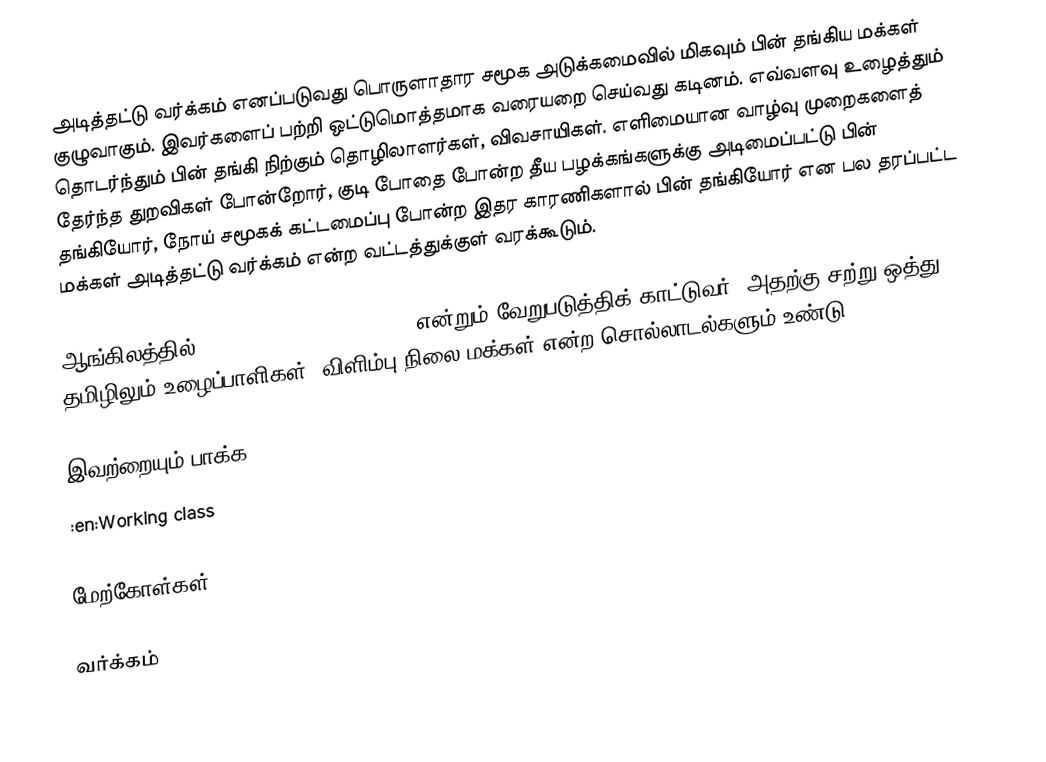
அடித்தட்டு வர்க்கம் எனப்படுவது பொருளாதார சமூக அடுக்கமைவில் மிகவும் பின் தங்கிய மக்கள் குழுவாகும்.  இவர்களைப் பற்றி ஒட்டுமொத்தமாக வரையறை செய்வது கடினம்.  எவ்வளவு உழைத்தும் தொடர்ந்தும் பின் தங்கி நிற்கும் தொழிலாளர்கள், விவசாயிகள்.  எளிமையான வாழ்வு முறைகளைத் தேர்ந்த துறவிகள் போன்றோர், குடி போதை போன்ற தீய பழக்கங்களுக்கு அடிமைப்பட்டு பின் தங்கியோர், நோய் சமூகக் கட்டமைப்பு போன்ற இதர காரணிகளால் பின் தங்கியோர் என பல தரப்பட்ட மக்கள் அடித்தட்டு வர்க்கம் என்ற வட்டத்துக்குள் வரக்கூடும்.

ஆங்கிலத்தில் working class, underclass என்றும் வேறுபடுத்திக் காட்டுவர்.  அதற்கு சற்று ஒத்து தமிழிலும் உழைப்பாளிகள், விளிம்பு நிலை மக்கள் என்ற சொல்லாடல்களும் உண்டு.

இவற்றையும் பாக்க
 :en:Working class

மேற்கோள்கள்

வர்க்கம்